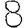
Digit: 8